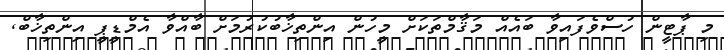
މި ޕާޓީން ހުސްވެފައިވާ ބައެއް މަޤާމްތަކަށް މީހުން އިންތިޚާބުކުރުމަށް ބާއްވާ އެމްޑީޕީ އިންތިޚާބް